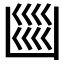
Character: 𭂼